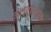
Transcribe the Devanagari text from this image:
अल्ट्रालूज